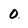
Character: 0